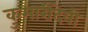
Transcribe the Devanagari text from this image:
कुमारीदेवी